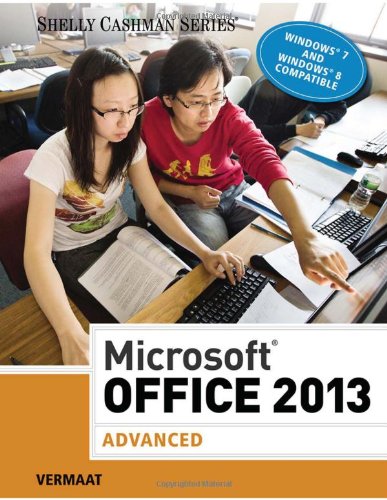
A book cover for Microsoft Office 2013: Advanced (Shelly Cashman Series); Misty E. Vermaat; Computers & Technology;